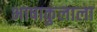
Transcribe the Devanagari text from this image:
भाषाकुलाला